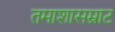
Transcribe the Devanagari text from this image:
तमाशासम्राट